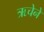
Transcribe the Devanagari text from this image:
ऋचेने